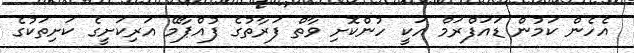
އެހެން ކަމުން ޑައަފްރަމް އަކީ ހުންކޮށި ވާތް ފަރާތުގެ ފުއްޕާމޭ އަރިކަށީގެ ކަށިތަކުގެ